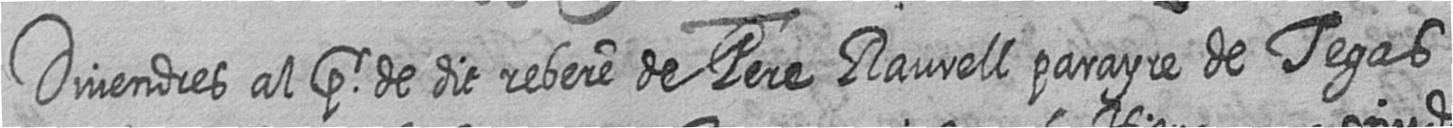
Divendres al pr de dit rebere de Pere Raurell parayre de Tegas